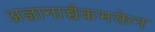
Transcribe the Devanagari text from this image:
अज्ञानाच्चैकभक्तेन